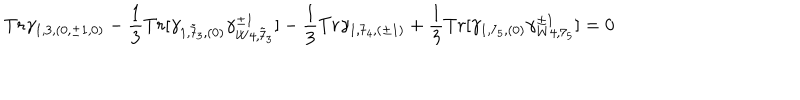
T r \gamma _ { 1 , 3 , ( 0 , \pm 1 , 0 ) } - \frac { 1 } { 3 } T r [ \gamma _ { 1 , { \tilde { 7 } } _ { 3 } , ( 0 ) } \gamma _ { W 4 , { \tilde { 7 } } _ { 3 } } ^ { \pm 1 } ] - \frac { 1 } { 3 } T r \gamma _ { 1 , 7 _ { 4 } , ( \pm 1 ) } + \frac { 1 } { 3 } T r [ \gamma _ { 1 , 7 _ { 5 } , ( 0 ) } \gamma _ { W 4 , 7 _ { 5 } } ^ { \pm 1 } ] = 0